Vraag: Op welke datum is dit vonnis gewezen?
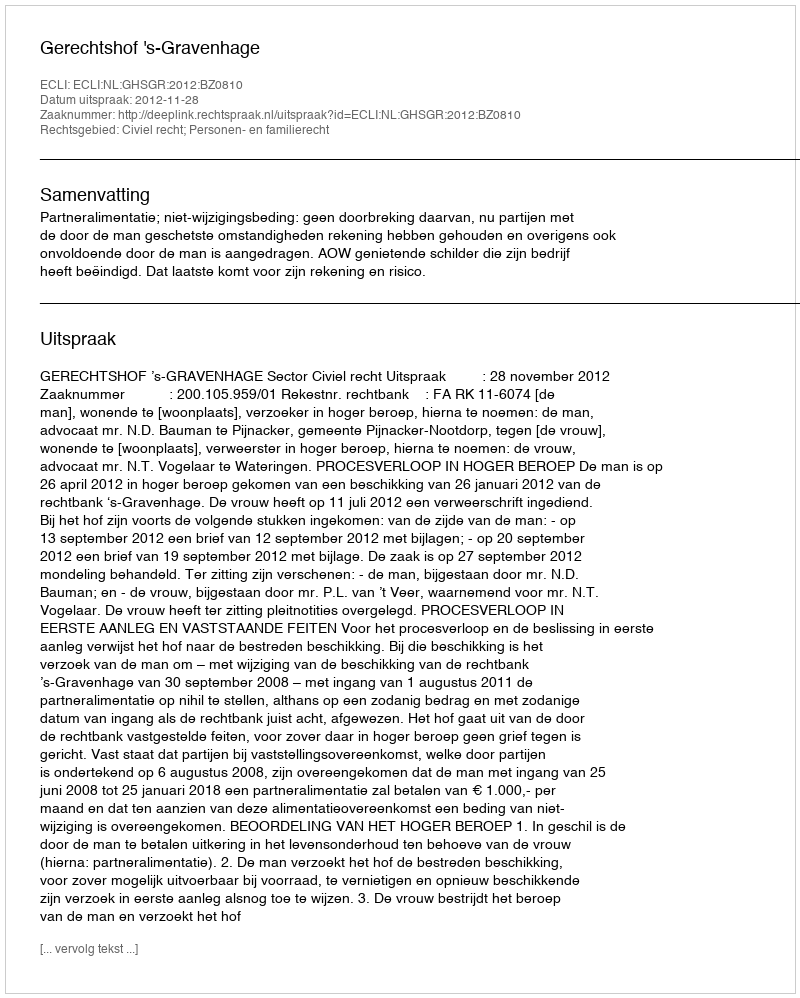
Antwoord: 2012-11-28